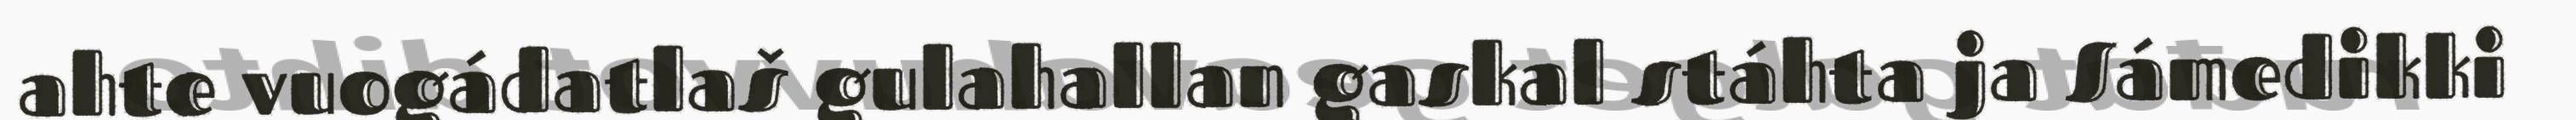
ahte vuogádatlaš gulahallan gaskal stáhta ja Sámedikki